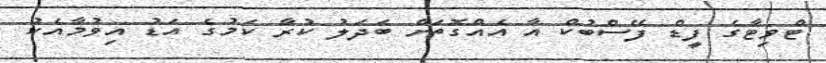
ޓްވިޓާގެ ފީޑް ފޭސްބުކް އާ އެއްގޮތަށް ބަދަލު ކުރާ ކަމުގެ އަޑު އިވުމާއެކު